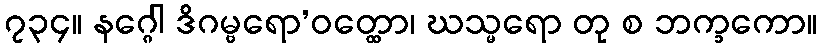
၇၃၄။ နဂ္ဂေါ ဒိဂမ္ဗရော’ဝတ္ထော၊ ဃသ္မရော တု စ ဘက္ခကော။